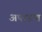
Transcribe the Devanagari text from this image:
अपरहण